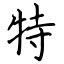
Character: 特